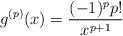
LaTeX: \begin{align*}g^{(p)}(x)=\frac{(-1)^pp!}{x^{p+1}}\end{align*}